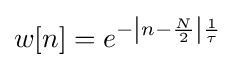
w[n]=e^{-\left|n-{\frac {N}{2}}\right|{\frac {1}{\tau }}}